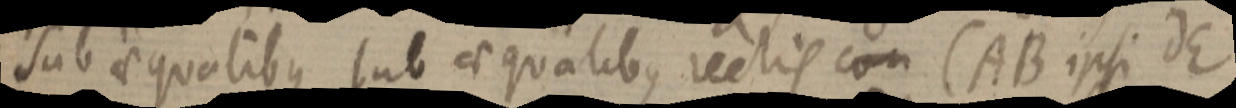
sub aequalibus sub aequalibus rectis con (AB ipsi dE